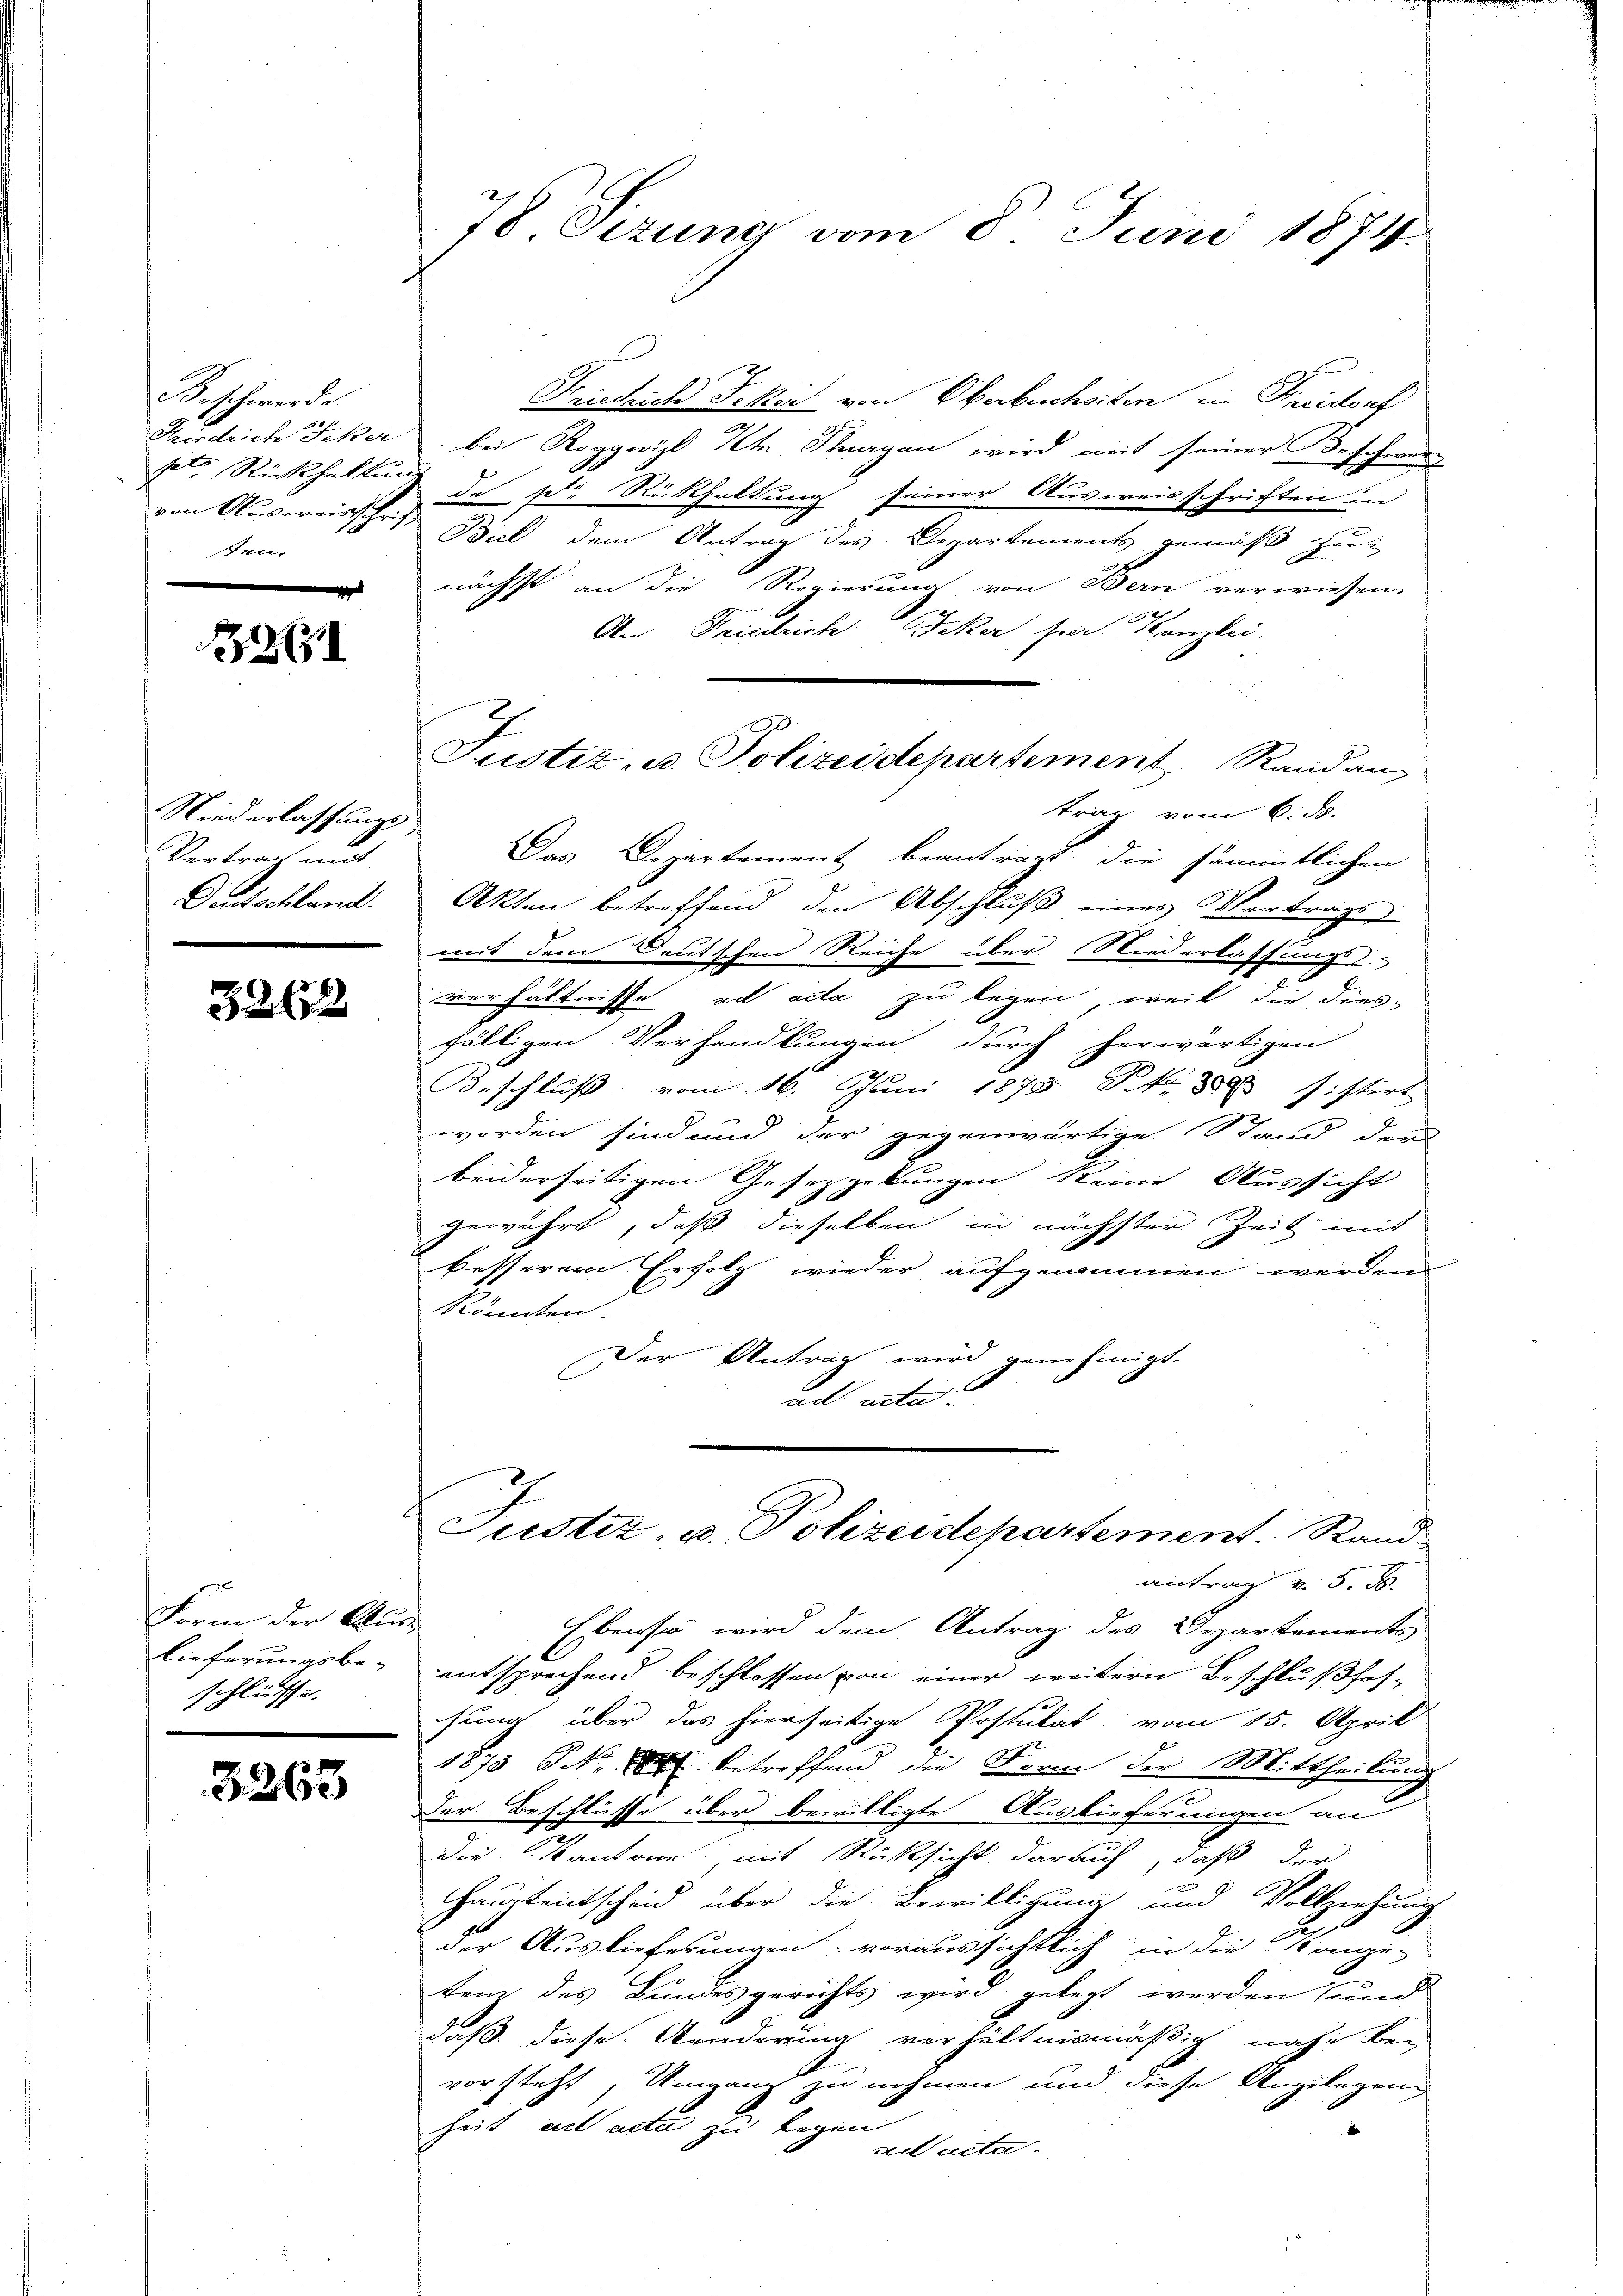
Beschwerde.
Tirdrich Fiker
sete Rückhalten
von Ausweisschrif
ten.

265

Niederlassungs
Vertrag mit
Deutschland.

3262

x
Form der Kur
lieferungsbe-
schliesse.

3263

78. Eezung vom 8. Juni 1874.

Justiz- u. Polizeidepartement Randan
trag vom 6. ds.

Kredich Feker von Oberbuchsten in Freidorf
bei Roggwil Ihr Stragen wird mit seiner Beschwer
de der Rückhaltung seiner Ausweisschriften in
Biel dem Antrag des Departements gemäß zu
nächst an die Regierung von Bern verwiesen.
An Friedrich Fiker per Kanzlei.
Das Departement beantragt, die sämmtlichen
Akten betreffend den Abschluß eines Vertrags
E
mit dem Deutschen Reiche über Niederlassungs-
verhältnisse ad acta zu legen, weil die dies-
fälligen Verhandlungen durch herwärtigen
Beschluß vom 16. Juni 1873 No 8808 sistirt
worden sind und der gegenwärtige Stand der
beiderseitigen Gesetzgebungen keine Aussicht
gewährt, daß dieselben in nächster Zeit mit
besserem Erfolg wieder aufgenommen werden
könnten
Der Antrag wird genehinigt.
te

Justiz- u. Polizeidepartement. Rand

antrag v. 5. d.
Ebenso wird dem Antrag des Departements
entsprechend beschlossen von einer weitern Beschlußhofsung über das hierseitige Postulat vom 15. April
1873 NNo. 2 betreffend die Sonne der Mittheilung
Der Beschlüsse über bewilligte Auslieferungen an
Die Kantone, mit Rücksicht darauf, daß der
Hauptentscheid über die Bewilligung und Vollziehung
der Auslieferungen voraussichtlich in die Konge-
ten des Bundesgerichts wird gelegt werden und
daß diese Kinderung verhältnismäßig nahe bei
vorsteht, Umgang zu nehmen und diese Angelegeng
heit als acta zu legen
d
ad acta.